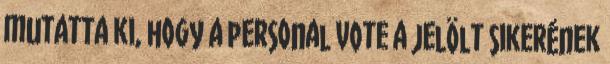
mutatta ki, hogy a personal vote a jelölt sikerének